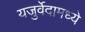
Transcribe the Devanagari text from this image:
यजुर्वेदामध्ये